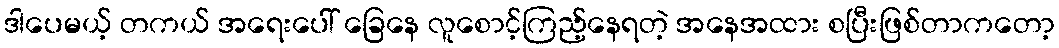
ဒါပေမယ့် တကယ် အရေးပေါ် ခြေနေ လူစောင့်ကြည့်နေရတဲ့ အနေအထား စပြီးဖြစ်တာကတော့